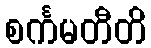
စင်္ကမတီတိ